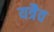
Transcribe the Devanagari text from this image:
यत्रैव